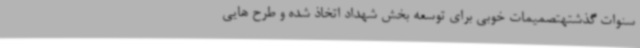
سنوات گذشتهتصمیمات خوبی برای توسعه بخش شهداد اتخاذ شده و طرح هایی